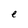
Character: e